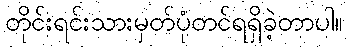
တိုင်းရင်းသားမှတ်ပုံတင်ရရှိခဲ့တာပါ။